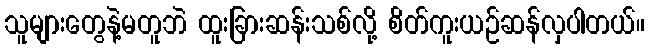
သူများတွေနဲ့မတူဘဲ ထူးခြားဆန်းသစ်လို့ စိတ်ကူးယဉ်ဆန်လှပါတယ်။